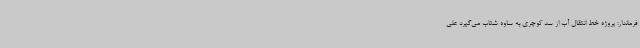
فرماندار: پروژه خط انتقال آب از سد کوچری به ساوه شتاب می‌گیرد علی